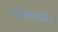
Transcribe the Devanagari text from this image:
अंडरक्लासमेन